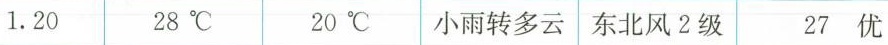
1.20 28℃ 20℃ 小雨转多云 东北风2级 27优